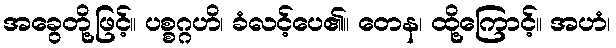
အခွေတို့ဖြင့်။ ပစ္စဂ္ဂဟိ၊ ခံလင့်ပေ၏။ တေန၊ ထို့ကြောင့်။ အဟံ၊